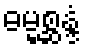
ဓမ္မစ္ဆန္ဒံ